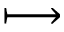
\longmapsto